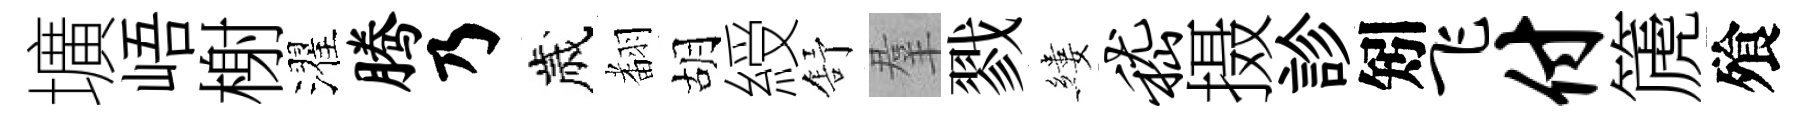
壙峿榭濯腾乃歲𮋒胡綬舒羣戮縷嵇摄診矧飞付篪飱